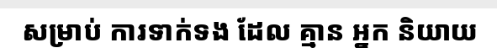
សម្រាប់ ការទាក់ទង ដែល គ្មាន អ្នក និយាយ